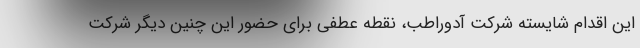
این اقدام شایسته شرکت آدوراطب، نقطه عطفی برای حضور این چنین دیگر شرکت